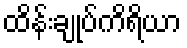
ထိန်းချုပ်ကိရိယာ